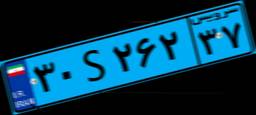
۷۰S۵۱۹۲۶